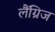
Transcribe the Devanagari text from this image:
लैंग्रिज